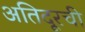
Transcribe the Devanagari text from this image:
अतिदूरची